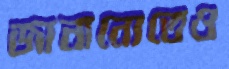
জানানোতেও